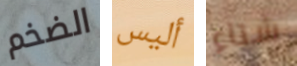
الضخم أليس شتاء